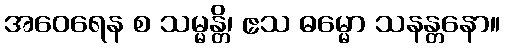
အဝေရေန စ သမ္မန္တိ၊ ဧသ ဓမ္မော သနန္တနော။